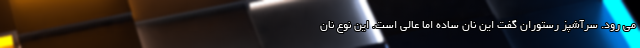
می رود. سرآشپز رستوران گفت این نان ساده اما عالی است. این نوع نان